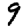
Digit: 9